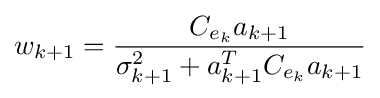
w_{k+1}={\frac {C_{e_{k}}a_{k+1}}{\sigma _{k+1}^{2}+a_{k+1}^{T}C_{e_{k}}a_{k+1}}}